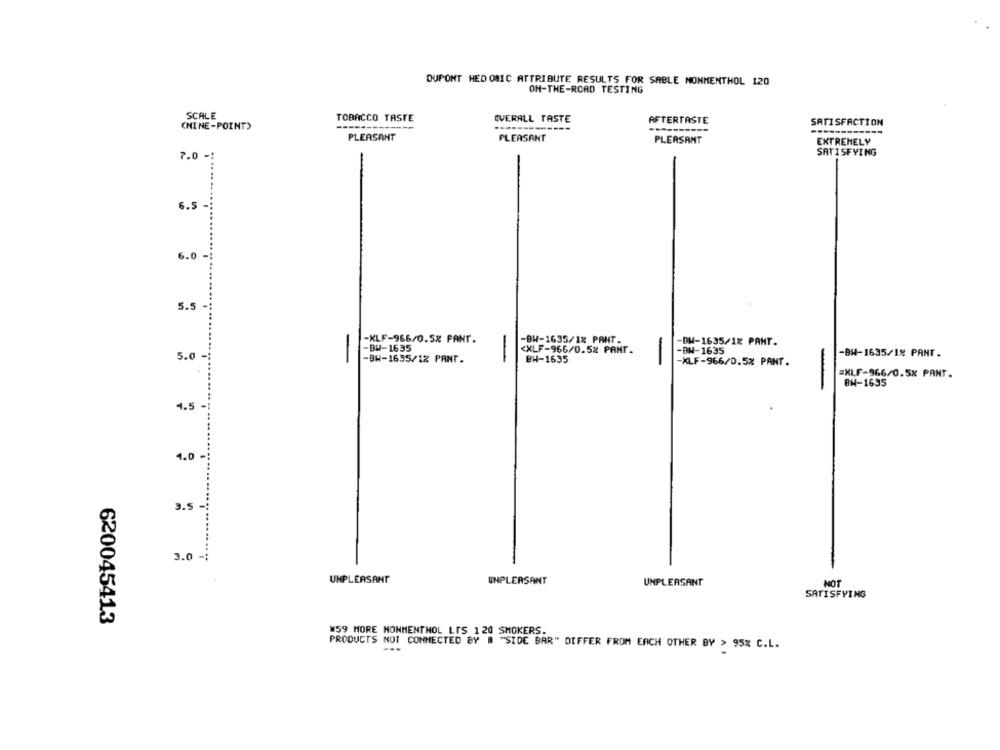
DUPONT HED ONIC ATTRIBUTE RESULTS FOR SABLE NONMENTHOL 120
OH-THE-ROAD TESTING
SCALE
TOBACCO TASTE
OVERALL TASTE
AFTERTASTE
SATISFACTION
(NINE-POINT)
---
PLEASANT
PLEASANT
PLEASANT
EXTREMELY
7.0-
SATISFYING
6.5-
6.0 -
5.5
-KLF-966/0.5% PANT.
-BW-1635/1% PANT.
-BW-1635/12 PANT.
-BW-1635
<XLF-966/0.5% PANT.
-
-BN-1635
-BH-1635/1% PANT.
5.0
-BH-1635/12 PANT.
BH-1635
-
-XLF-966/0.5% PANT.
=XLF-966/0.5% PANT.
BH-1635
4.5 -!
1.0 -:
3.5.
3.0 -;
UNPLEASANT
UNPLEASANT
UNPLEASANT
NOT
SATISFYING
620045413
W59 MORE NONMENTHOL LTS 120 SMOKERS.
PRODUCTS NOT CONNECTED BY @ "SIDE BAR" DIFFER FROM EACH OTHER BY > 95% C.L.